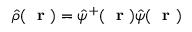
\hat { \rho } ( \mathrm { ~ \bf ~ r ~ } ) = \hat { \psi } ^ { + } ( \mathrm { ~ \bf ~ r ~ } ) \hat { \psi } ( \mathrm { ~ \bf ~ r ~ } )